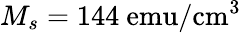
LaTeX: M_{s}=144~\mathrm{emu/cm^{3}}